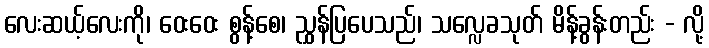
လေးဆယ့်လေးကို၊ ဝေးဝေး စွန့်စေ၊ ညွှန်ပြပေသည်၊ သလ္လေခသုတ် မိန့်ခွန်းတည်း - လို့